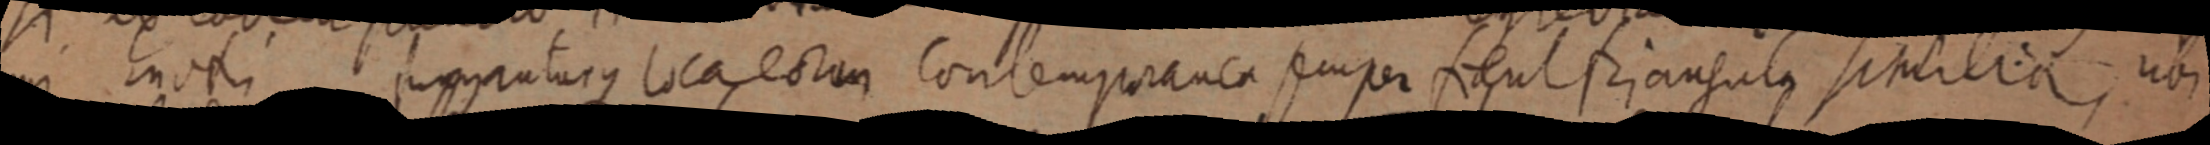
mi modi p_tarque locaerum contemporanea semper sent triangula similia, ubi